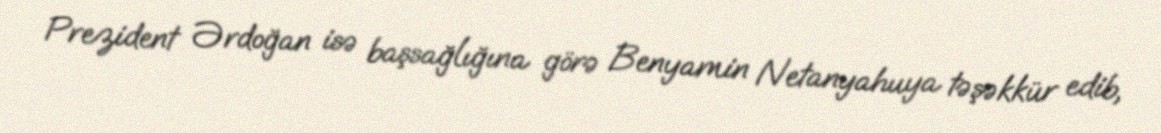
Prezident Ərdoğan isə başsağlığına görə Benyamin Netanyahuya təşəkkür edib,